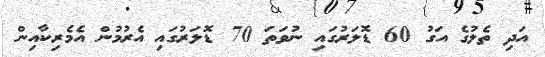
އަދި ތެލުގެ އަގު 60 ޑޮލަރުގައި ނުވަތަ 70 ޑޮލަރުގައި އެރުމުން އެމެރިކާއިން